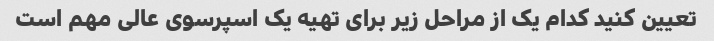
تعیین کنید کدام یک از مراحل زیر برای تهیه یک اسپرسوی عالی مهم است